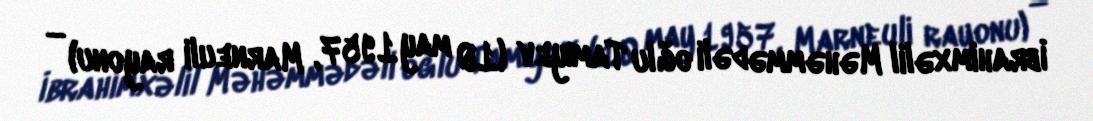
İbrahimxəlil Məhəmmədəli oğlu Tamıyev (10 may 1957, Marneuli rayonu) —